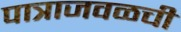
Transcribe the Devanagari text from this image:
पात्राजवळची